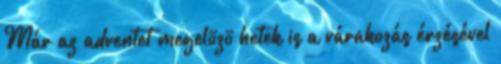
Már az adventet megelõzõ hetek is a várakozás érzésével